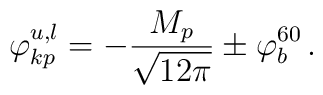
\varphi_{kp}^{u,l}=-\frac{M_{p}}{\sqrt{12\pi}}\pm\varphi_{b}^{60} \, .